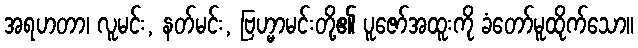
အရဟတာ၊ လူမင်း, နတ်မင်း, ဗြဟ္မာမင်းတို့၏ ပူဇော်အထူးကို ခံတော်မူထိုက်သော။